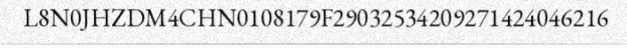
L8N0JHZDM4CHN0108179F29032534209271424046216